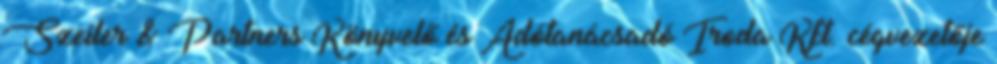
Szeiler & Partners Könyvelő és Adótanácsadó Iroda Kft. cégvezetője